255_413270_UFO's_and_Defense_What_Should_we_Prepare_For
Agency: NASA
Page 25
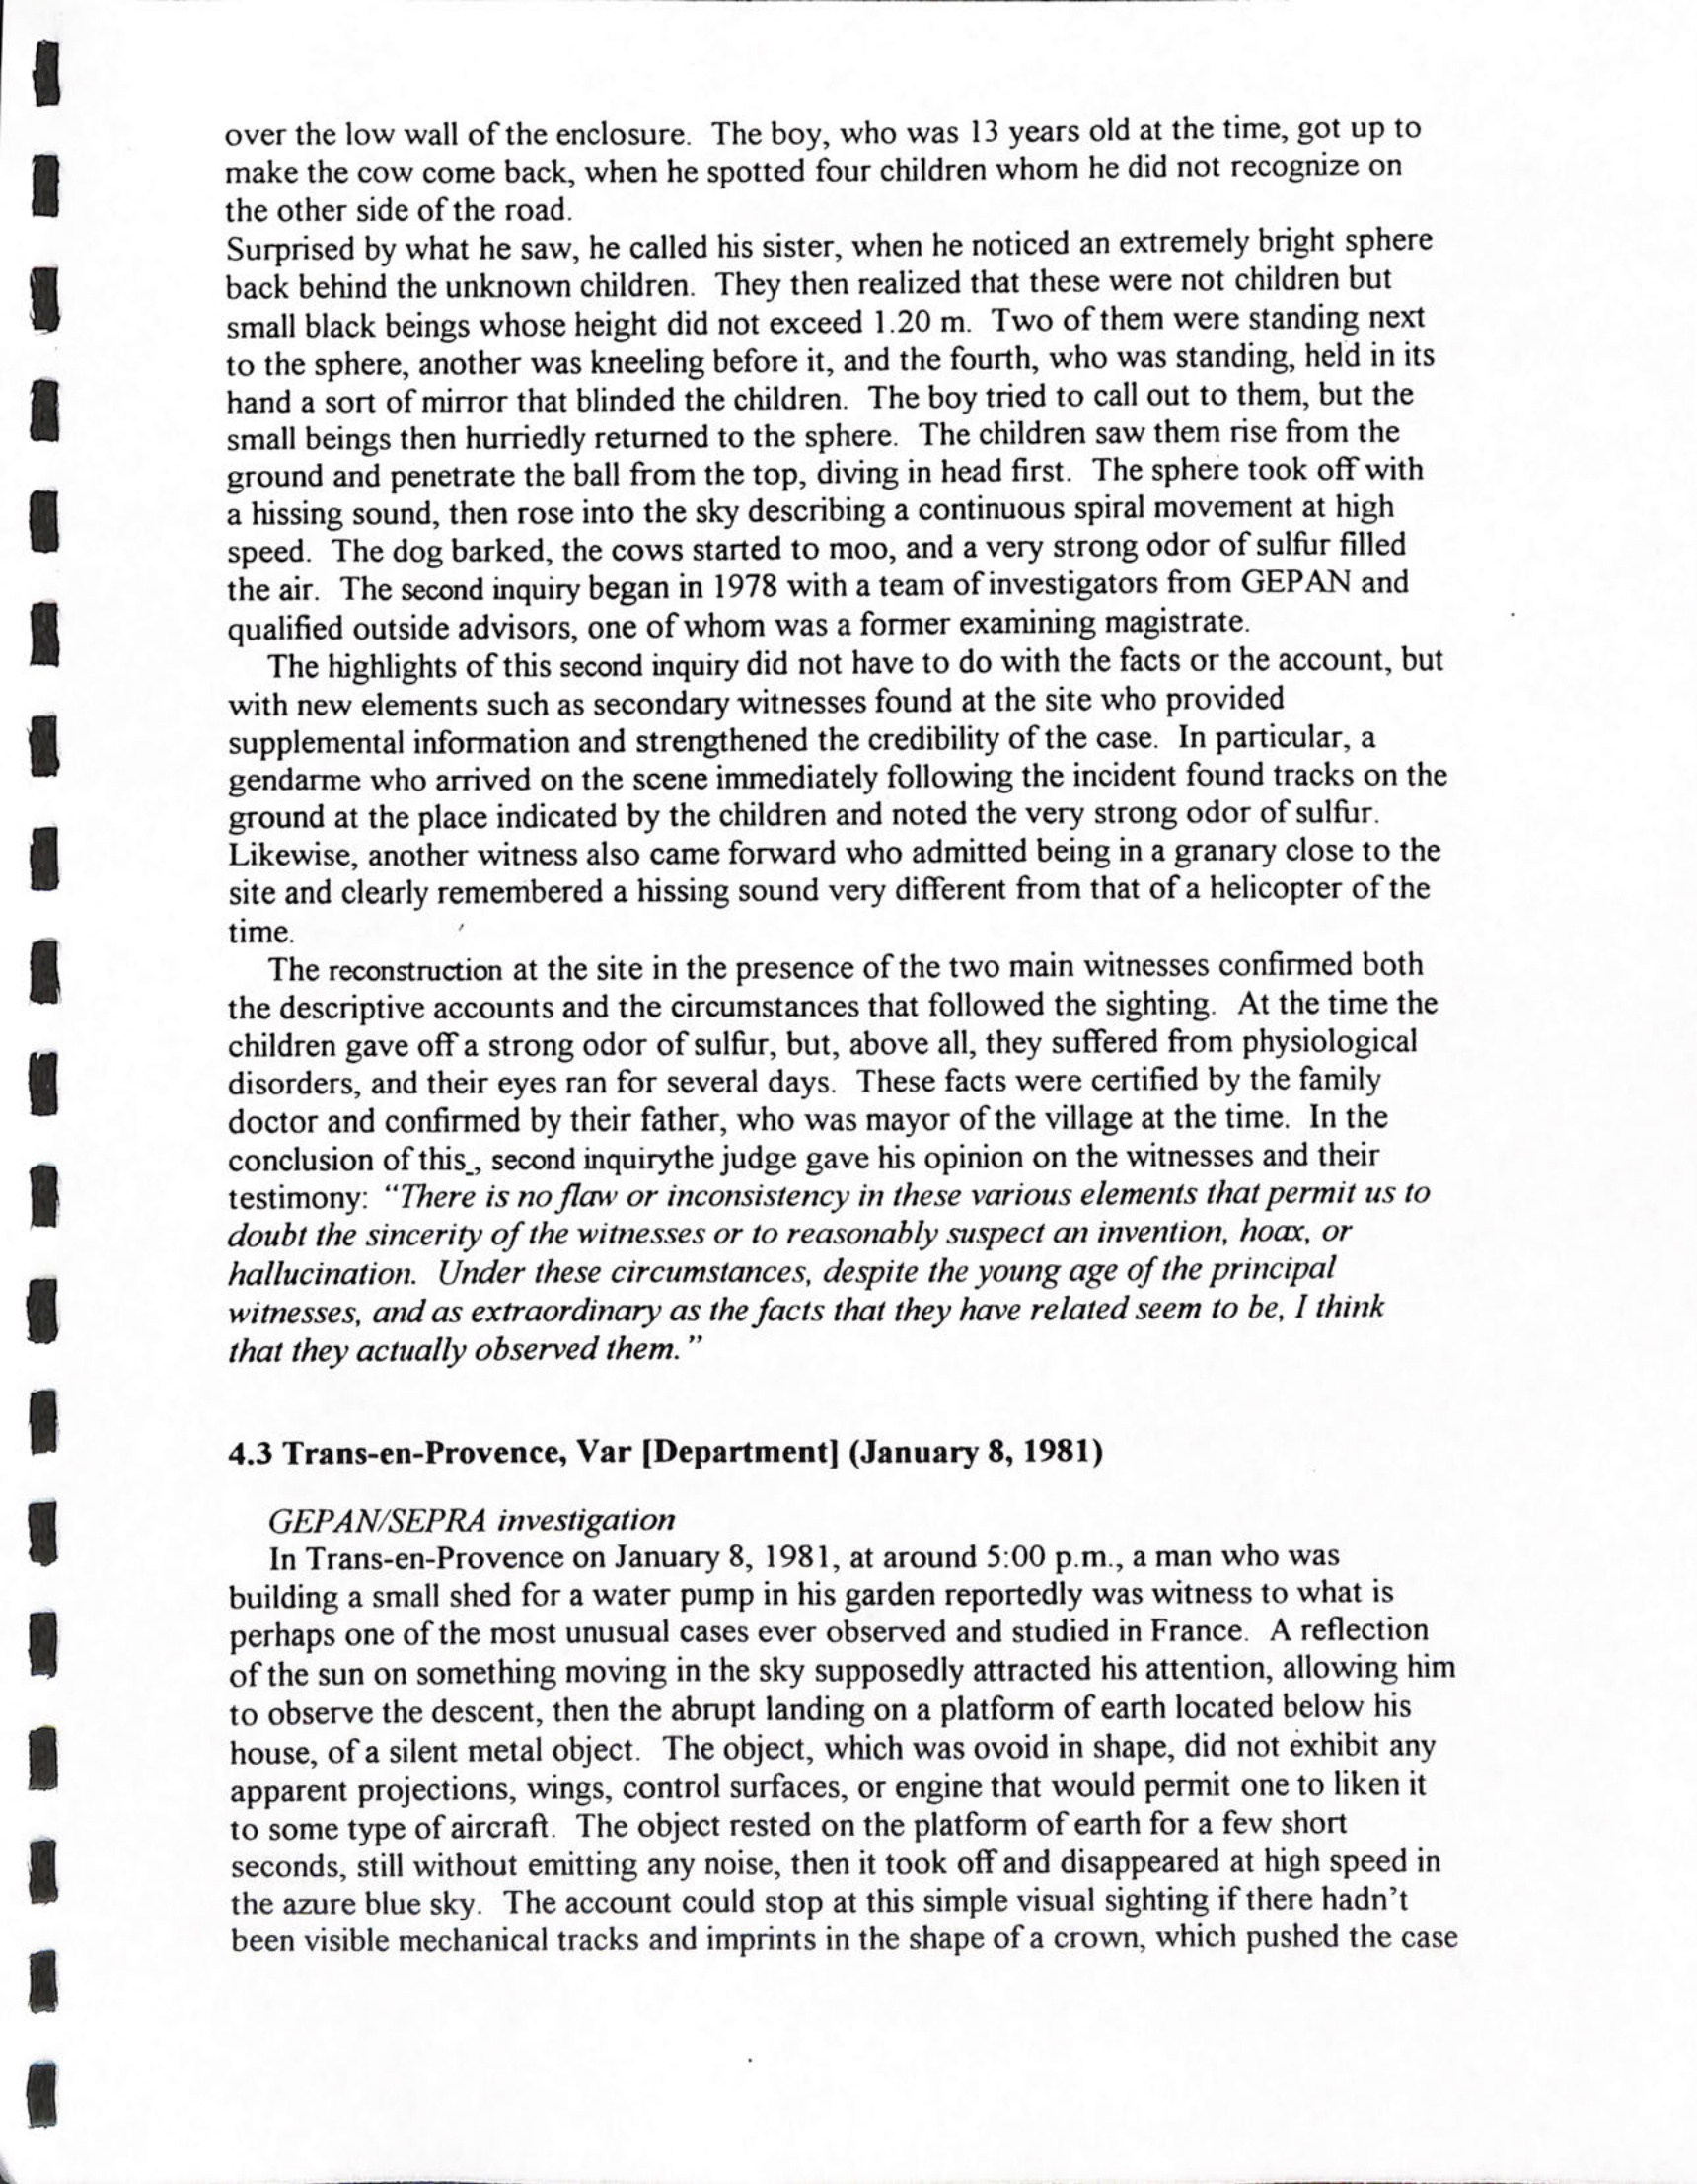